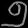
Digit: ၅